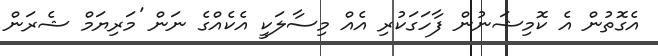
އެގޮތުން އެ ކޮމިޝަނުން ފާހަގަކުރި އެއް މިސާލަކީ އެކެއްގެ ނަން 'މަރިޔަމް ޝެރަން